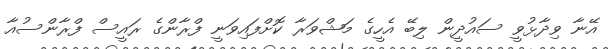
އޭނާ ވިދާޅުވީ ސައުދީން ލިބޭ އެހީގެ މަޝްވަރާ ކޮށްފައިވަނީ ފްރާންގެ ރައީސް ފްރާންސުއާ